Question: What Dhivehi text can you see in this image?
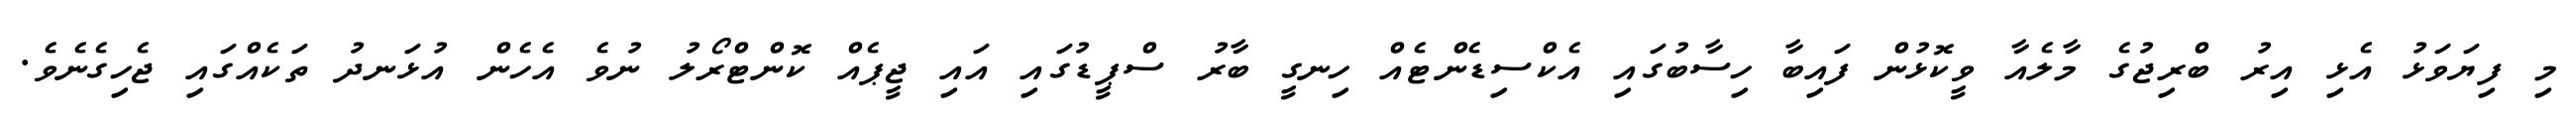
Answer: މި ފިޔަވަޅު އެޅި އިރު ބްރިޖުގެ މާލެއާ ވީކޮޅުން ފައިބާ ހިސާބުގައި އެކްސިޑެންޓެއް ހިނގީ ބާރު ސްޕީޑުގައި އައި ޖީޕެއް ކޮންޓްރޯލު ނުވެ އެހެން އުޅަނދު ތަކެއްގައި ޖެހިގެނެވެ.